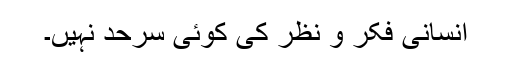
انسانی فکر و نظر کی کوئی سرحد نہیں۔